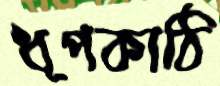
ধূপকাঠি